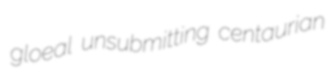
gloeal unsubmitting centaurian